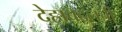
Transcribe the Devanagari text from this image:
देहाबद्दलची